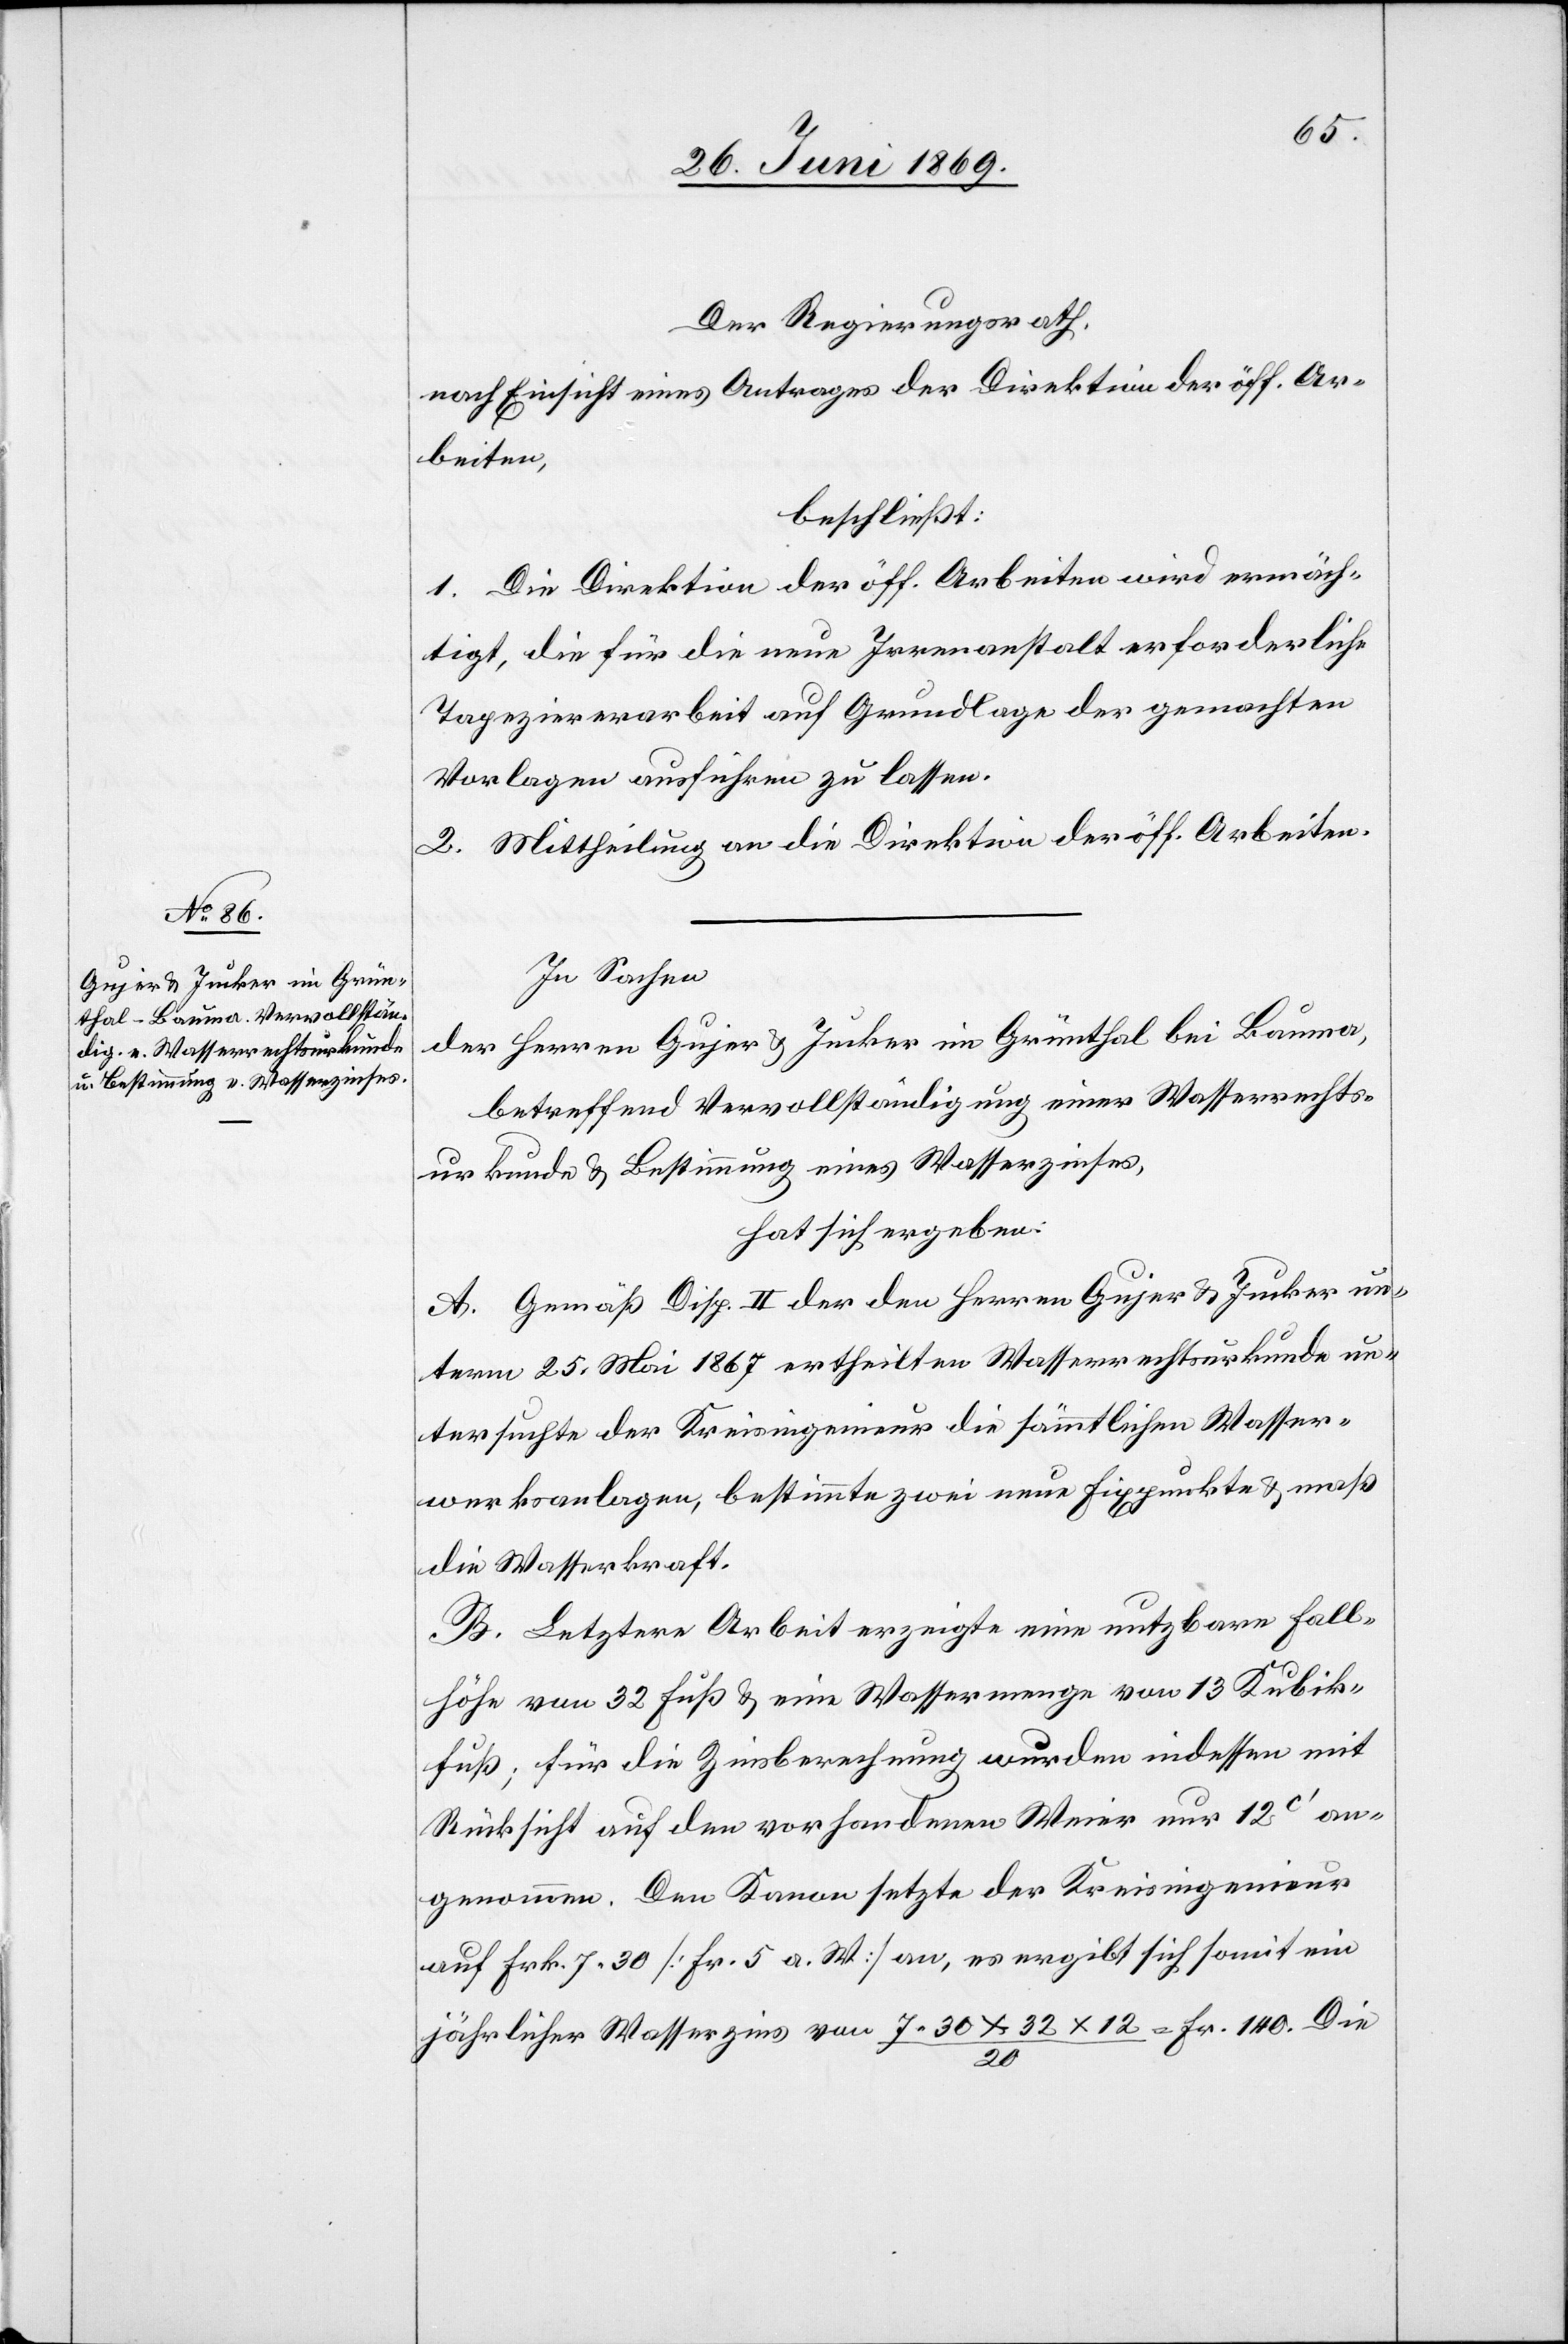
Der Regierungsrath,
nach Einsicht eines Antrages der Direktion der öff. Ar¬
beiten,
beschließt:
1. Die Direktion der öff. Arbeiten wird ermäch¬
tigt, die für die neue Irrenanstalt erforderliche
Tapeziererarbeit auf Grundlage der gemachten
Vorlagen ausführen zu lassen.
2. Mittheilung an die Direktion der öff. Arbeiten.
In Sachen
der Herren Gujer u. Jucker im Grünthal bei Bauma,
betreffend Vervollständigung einer Wasserrechts¬
urkunde u. Bestimmung eines Wasserzinses,
hat sich ergeben:
A. Gemäß Disp. II der den Herren Gujer u. Jucker un¬
term 25 Mai 1867 ertheilten Wasserrechtsurkunde un¬
tersuchte der Kreisingenieur die sämmtlichen Wasser¬
werksanlagen, bestimmte zwei neue Fixpunkte u. maß
die Wasserkraft.
B. Letztere Arbeit erzeigte eine nutzbare Fall¬
höhe von 32 Fuß u. eine Wassermenge von 13 Kubik¬
fuß; für die Zinsberechnung wurden indessen mit
Rücksicht auf den vorhandenen Weier nur 12c’ an¬
genommen. Den Kanon setzte der Kreisingenieur
auf Frk. 7.30 [Fr. 5 a. W.] an, es ergibt sich somit ein
jährlicher Wasserzins von 7.30x32x12/20=Fr. 140. Die